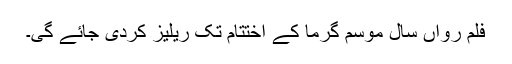
فلم رواں سال موسم گرما کے اختتام تک ریلیز کردی جائے گی۔